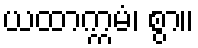
ယထာက္ကမံ၊ စွာ။